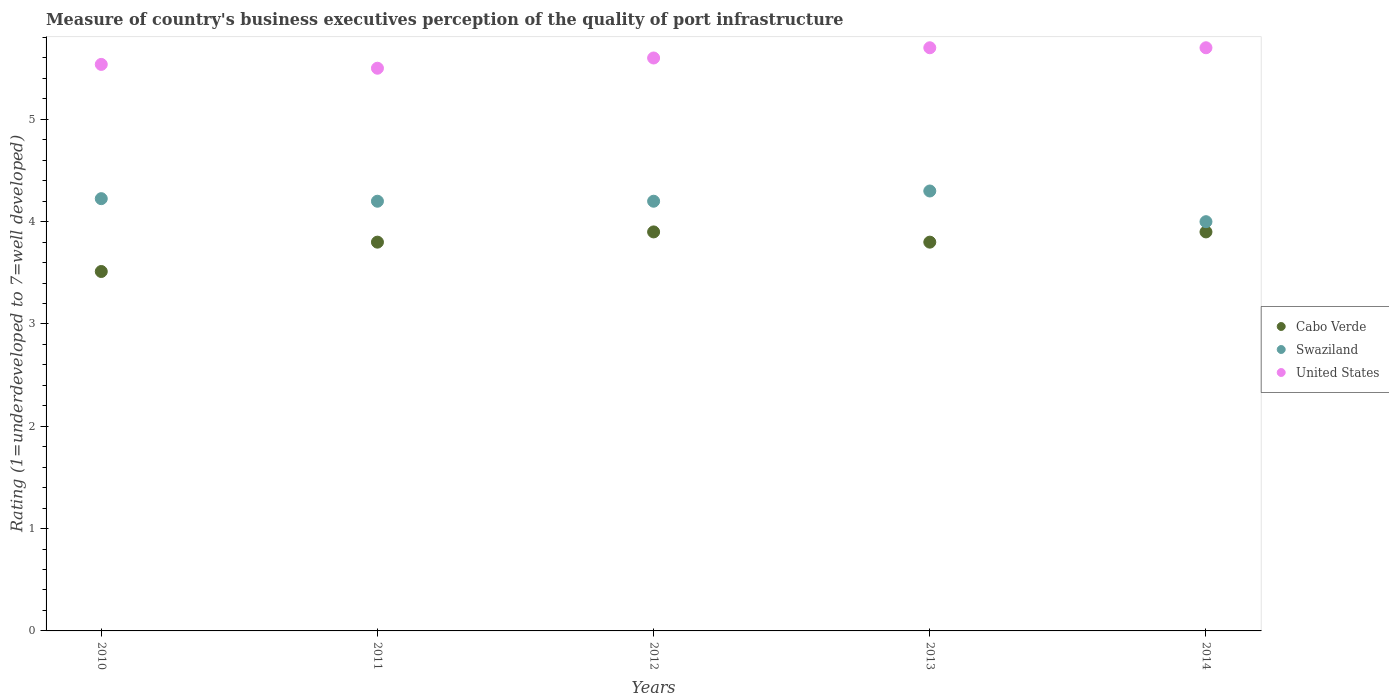
| Years | Cabo Verde | Swaziland | United States |
 | --- | --- | --- | --- |
 | 2010 | 3.51 | 4.23 | 5.54 |
 | 2011 | 3.8 | 4.2 | 5.5 |
 | 2012 | 3.9 | 4.2 | 5.6 |
 | 2013 | 3.8 | 4.3 | 5.7 |
 | 2014 | 3.9 | 4 | 5.7 |